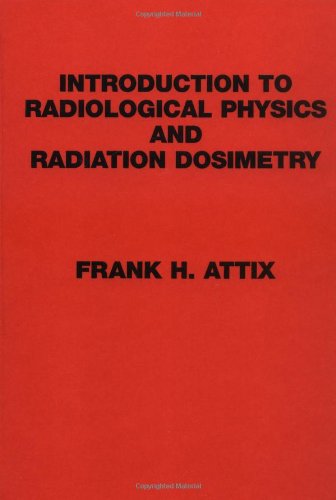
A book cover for Introduction to Radiological Physics and Radiation Dosimetry; Frank Herbert Attix; Science & Math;